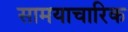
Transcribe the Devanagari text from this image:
सामयाचारिक